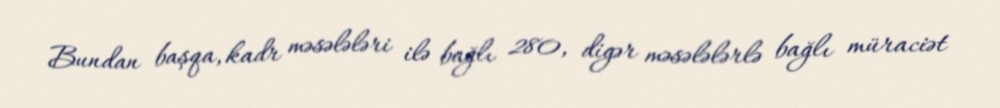
Bundan başqa, kadr məsələləri ilə bağlı 280, digər məsələlərlə bağlı müraciət